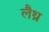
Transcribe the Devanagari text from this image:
लैथ्र